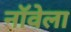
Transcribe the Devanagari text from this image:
नॉवेला